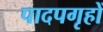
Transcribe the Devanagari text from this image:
पादपगृहों